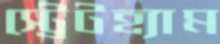
স্ট্রেটহ্যাম